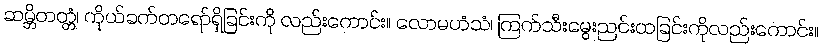
ဆမ္ဘိတတ္တံ၊ ကိုယ်ခက်တရော်ရှိခြင်းကို လည်းကောင်း။ လောမဟံသံ၊ ကြက်သီးမွေးညင်းထခြင်းကိုလည်းကောင်း။